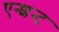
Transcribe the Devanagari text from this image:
एन्शन्ट